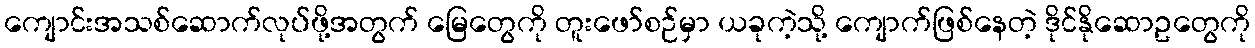
ကျောင်းအသစ်ဆောက်လုပ်ဖို့အတွက် မြေတွေကို တူးဖော်စဉ်မှာ ယခုကဲ့သို့ ကျောက်ဖြစ်နေတဲ့ ဒိုင်နိုဆောဥတွေကို